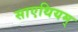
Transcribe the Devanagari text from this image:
साएथियम्‌